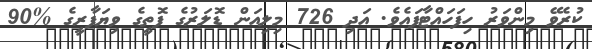
ކުރެވޭ މިންވަރު ހިފަހައްޓާފައެވެ. އަދި 726 މިލިއަން ޑޮލަރުގެ ފޮތީގެ ވިޔަފާރީގެ %90